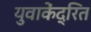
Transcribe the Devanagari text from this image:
युवाकेंद्रित